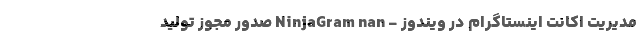
مدیریت اکانت اینستاگرام در ویندوز - NinjaGram nan صدور مجوز تولید